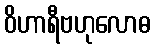
ဝိဟာရီဗဟုလောဓ